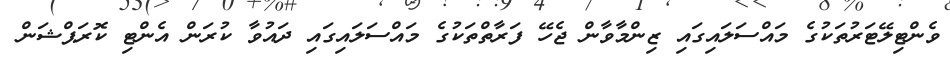
ވެންޓިލޭޓަރުތަކުގެ މައްސަލައިގައި ޒިންމާވާން ޖެހޭ ފަރާތްތަކުގެ މައްސަލައިގައި ދައުވާ ކުރަން އެންޓި ކޮރަޕްޝަން